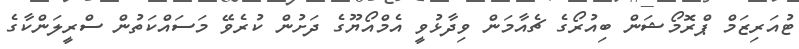
ޓުއަރިޒަމް ޕްރޮމޯޝަން ބިއުރޯގެ ޗެއާމަން ވިދާޅުވީ އެމްއޯޔޫގެ ދަށުން ކުރެވޭ މަސައްކަތުން ސްރީލަންކާގެ